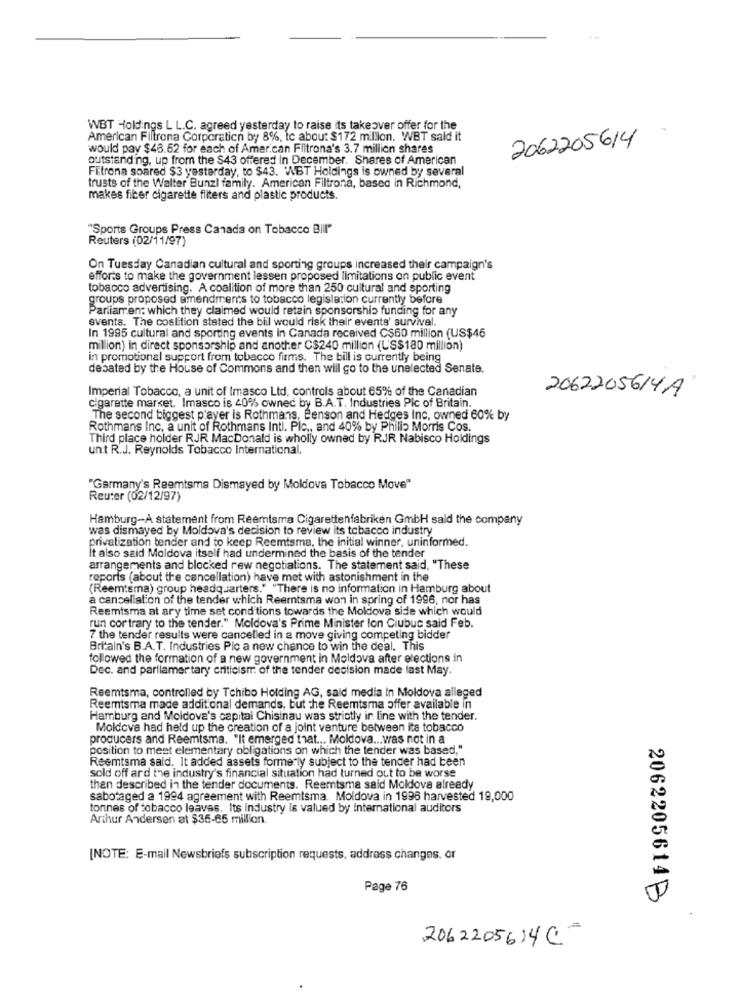
WBT Holdings L L.C. agreed yesterday to raise its takeover offer for the
American Filtrona Corporation by 8%, Ic about $172 million. WBT said it
2062205614
would pay $48.62 for each of Amer.can Filtrona's 3.7 million shares
outstanding, up from the $43 offered in December. Shares of American
Filtrona soared $3 yesterday, to $43. WWBT Holdings is owned by several
trusts of the Walter Bunzl family. American Filtrona, based in Richmond,
makes fiber cigarette filters and plastic products.
"Sports Groups Press Canada on Tobacco Bill"
Reuters (02/11/97)
On Tuesday Canadian cultural and sporting groups increased their campaign's
efforts to make the government lessen proposed limitations on public event
tobacco advertising. A coalition of more than 250 cultural and sporting
groups proposed amendments to tobacco legislation currently before
Parliamren: which they claimed would retain sponsorship funding for any
events. The costition stated the bill would risk their events' survival.
In 1995 cultural and sporting events in Canada received C$60 million (US$45
million) in direct sponsorship and another C$240 million (L'S$180 million)
in promotional support from tobacco firms. The bill is currently being
debated by the House of Commons and then will go to the unelected Senate.
Imperial Tobacco, a unit of Imasco Ltd, controls about 65% of the Canadian
2062205614A
cigarette market. Imasco is 40% owned by B.A.T. Industries Plc of Britain.
The second biggest player is Rothmans, Benson and Hedges Inc, owned 60% by
Rothmans Inc, a unit of Rothmans Intl. Pic ,, and 40% by Philip Morris Cos.
Third place holder RJR MacDonald is wholly owned by RJR Nabisco Holdings
unt R.J. Reynolds Tobacco International.
"Germany's Reemtsma Dismayed by Moldova Tobacco Move"
Reuter (02/12/97)
Hamburg-A statement from Reemtsma Cigarettenfabriken GmbH sald the company
was dismayed by Moldova's decision to review its tobacco industry
privatization tender and to keep Reemtsma, the initial winner, uninformed.
It also said Moldova itself had undermined the basis of the tender
arrangements and blocked rew negotiations. The statement said, "These
reports (about the cancellation) have met with astonishment in the
(Reemtsma) group headquarters."_"There is no information in Hamburg about
a cancellation of the tender which Reemtsma won in spring of 1996, nor has
Reemtsma at ary time set conditions towards the Moldova side which would
run cor trary to the tender." Moldova's Prime Minister lon Ciubuc said Feb.
7 the tender results were cancelled in a move giving competing bidder
Britain's B.A.T. Industries Plc a new chance to win the deal. This
followed the formation of a new government in Moldova after elections in
Dec. and parliamentary criticism of the tender decision made last May.
Reemtsma, controlled by Tchibo Holding AG, said media in Moldova alleged
Reemtsma made additional demands, but the Reemtsma offer available in
Hamburg and Moldova's capital Chisinau was strictly in line with the tender.
Moldova had held up the creation of a joint venture between its tobacco
producers and Reemtsma. "It emerged that ... Moldova ... was not in a
position to meet elementary obligations on which the tender was based,"
Reemtsma said. It added assets formerly subject to the tender had been
sold off ard the industry's financial situation had turned out to be worse
then described in the tender documents. Reemtsma said Moldova already
sabotaged a 1994 agreement with Reemtsma. Moldova in 1996 harvested 19,000
tonnes of tobacco leaves. Its industry is valued by international auditors
Arthur Andersen at $35-65 million.
[NOTE: E-mail Newsbriefs subscription requests, address changes. or
Page 76
2062205614 B
2062205614C-